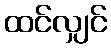
ထင်လျှင်